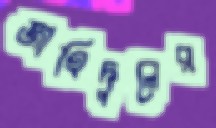
জাহিদুলের